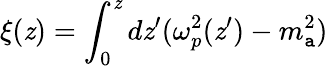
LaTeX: \xi(\mathit{z})=\int_{0}^{\mathit{z}}d\mathit{z}^{\prime}(\omega_{p}^{2}(\mathit{z}^{\prime})-m_{\mathtt{a}}^{2})